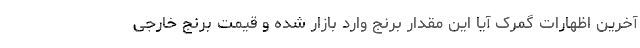
آخرین اظهارات گمرک آیا این مقدار برنج وارد بازار شده و قیمت برنج خارجی